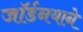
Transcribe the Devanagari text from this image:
जॉर्डनयाने